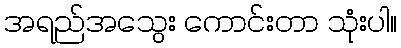
အရည်အသွေး ကောင်းတာ သုံးပါ။